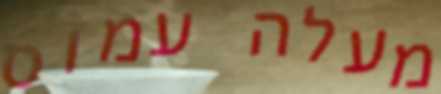
מעלה עמוס